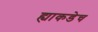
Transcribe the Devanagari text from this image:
ह्याकडेच